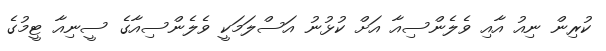
ކުރިން ނިއު އާއި ވެލެންސިއާ އަށް ކުޅުނު އަސްލަމަކީ ވެލެންސިއާގެ ސީނިއާ ޓީމުގެ